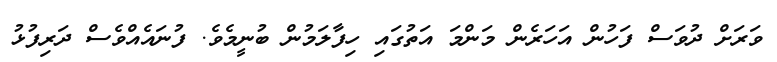
ވަރަށް ދުވަސް ފަހުން އަހަރެން މަންމަ އަތުގައި ހިފާލަމުން ބުނީމެވެ. ފުނައެއްވެސް ދަރިފުޅު